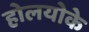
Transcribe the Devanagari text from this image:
होलयोके